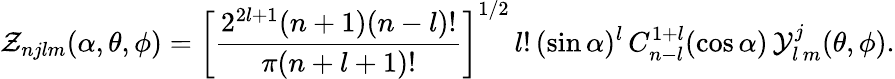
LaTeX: {\cal Z}_{njlm}(\alpha,\theta,\phi)=\left[\frac{2^{2l+1}(n+1)(n-l)!}{\pi(n+l+1)!}\right]^{1/2}\, l!\, (\sin\alpha)^{l}\, C_{n-l}^{1+l}(\cos\alpha)\, {\cal Y}_{l\, m}^{j}(\theta,\phi).